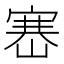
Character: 𡺶